Senior Leaving Certificate Examination (including Day School Certificate (Higher) General paper), 1950
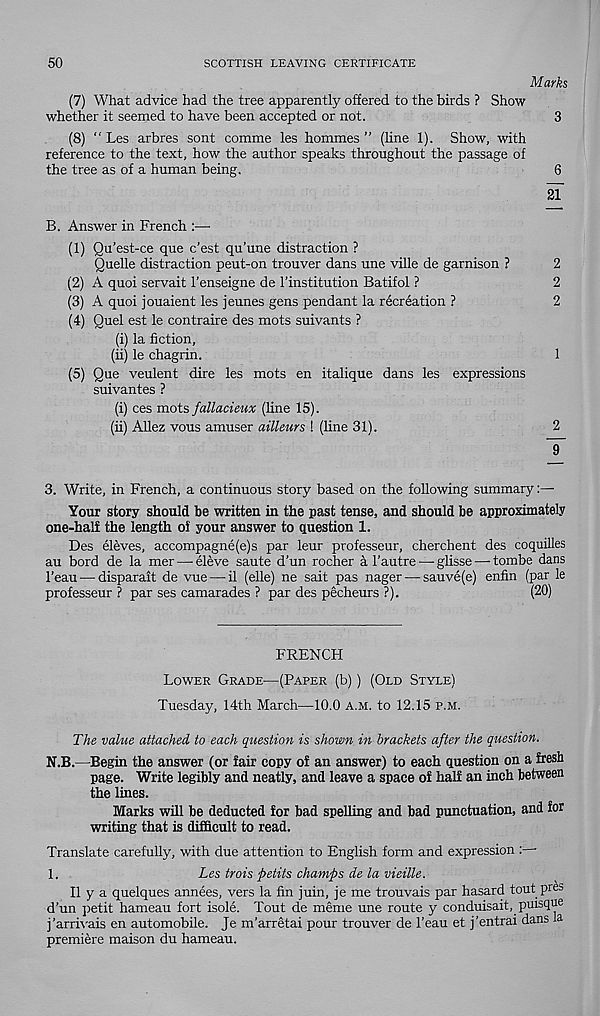
50
SCOTTISH LEAVING CERTIFICATE
Marks
(7) What advice had the tree apparently offered to the birds ? Show
whether it seemed to have been accepted or not.
3
(8) “ Les arbres sont comme les hommes ” (line 1). Show, with
reference to the text, how the author speaks throughout the passage of
the tree as of a human being.
6
2f
B. Answer in French :—
(1) Qu’est-ce que c’est qu’une distraction ?
Quelle distraction peut-on trouver dans une ville de garnison ?
2
(2) A quoi servait 1’enseigne de I'institution Batifol ?
2
(3) A quoi jouaient les jeunes gens pendant la recreation ?
2
(4) Quel est le contraire des mots suivants ?
(i) la fiction,
(ii) le chagrin.
1
(5) Que veulent dire les mots en italique dans les expressions
suivantes ?
(i) ces mots fallacieux (line 15).
(ii) Allez vous amuser ailleurs ! (line 31).
2
~9
3. Write, in French, a continuous story based on the following summary:—
Your story should be written in the past tense, and should be approximately
one-half the length of your answer to question 1.
Des eleves, accompagne(e)s par leur professeur, cherchent des coquilles
au bord de la mer — eleve saute d’un rocher a 1’autre — glisse — tombe dans
1’eau — disparait de vue — il (elle) ne sait pas nager — sauve(e) enfin (par le
professeur ? par ses camarades ? par des pecheurs ?).
(20)
FRENCH
Lower Grade—(Paper (b) ) (Old Style)
Tuesday, 14th March—10.0 a.m. to 12.15 p.m.
The value attached to each question is shown in brackets after the question.
N.B.—Begin the answer (or fair copy of an answer) to each question on a fresh
page. Write legibly and neatly, and leave a space of half an inch between
the lines.
Marks will be deducted for bad spelling and bad punctuation, and for
writing that is difficult to read.
Translate carefully, with due attention to English form and expression : •
1.
Les trois petits champs de la vieille.
II y a quelques annees, vers la fin juin, je me trouvais par hasard tout pres
d’un petit hameau fort isole. Tout de meme une route y conduisait, puisque
j’arrivais en automobile. Je m’arretai pour trouver de 1’eau et j’entrai dans ia
premiere maison du hameau.